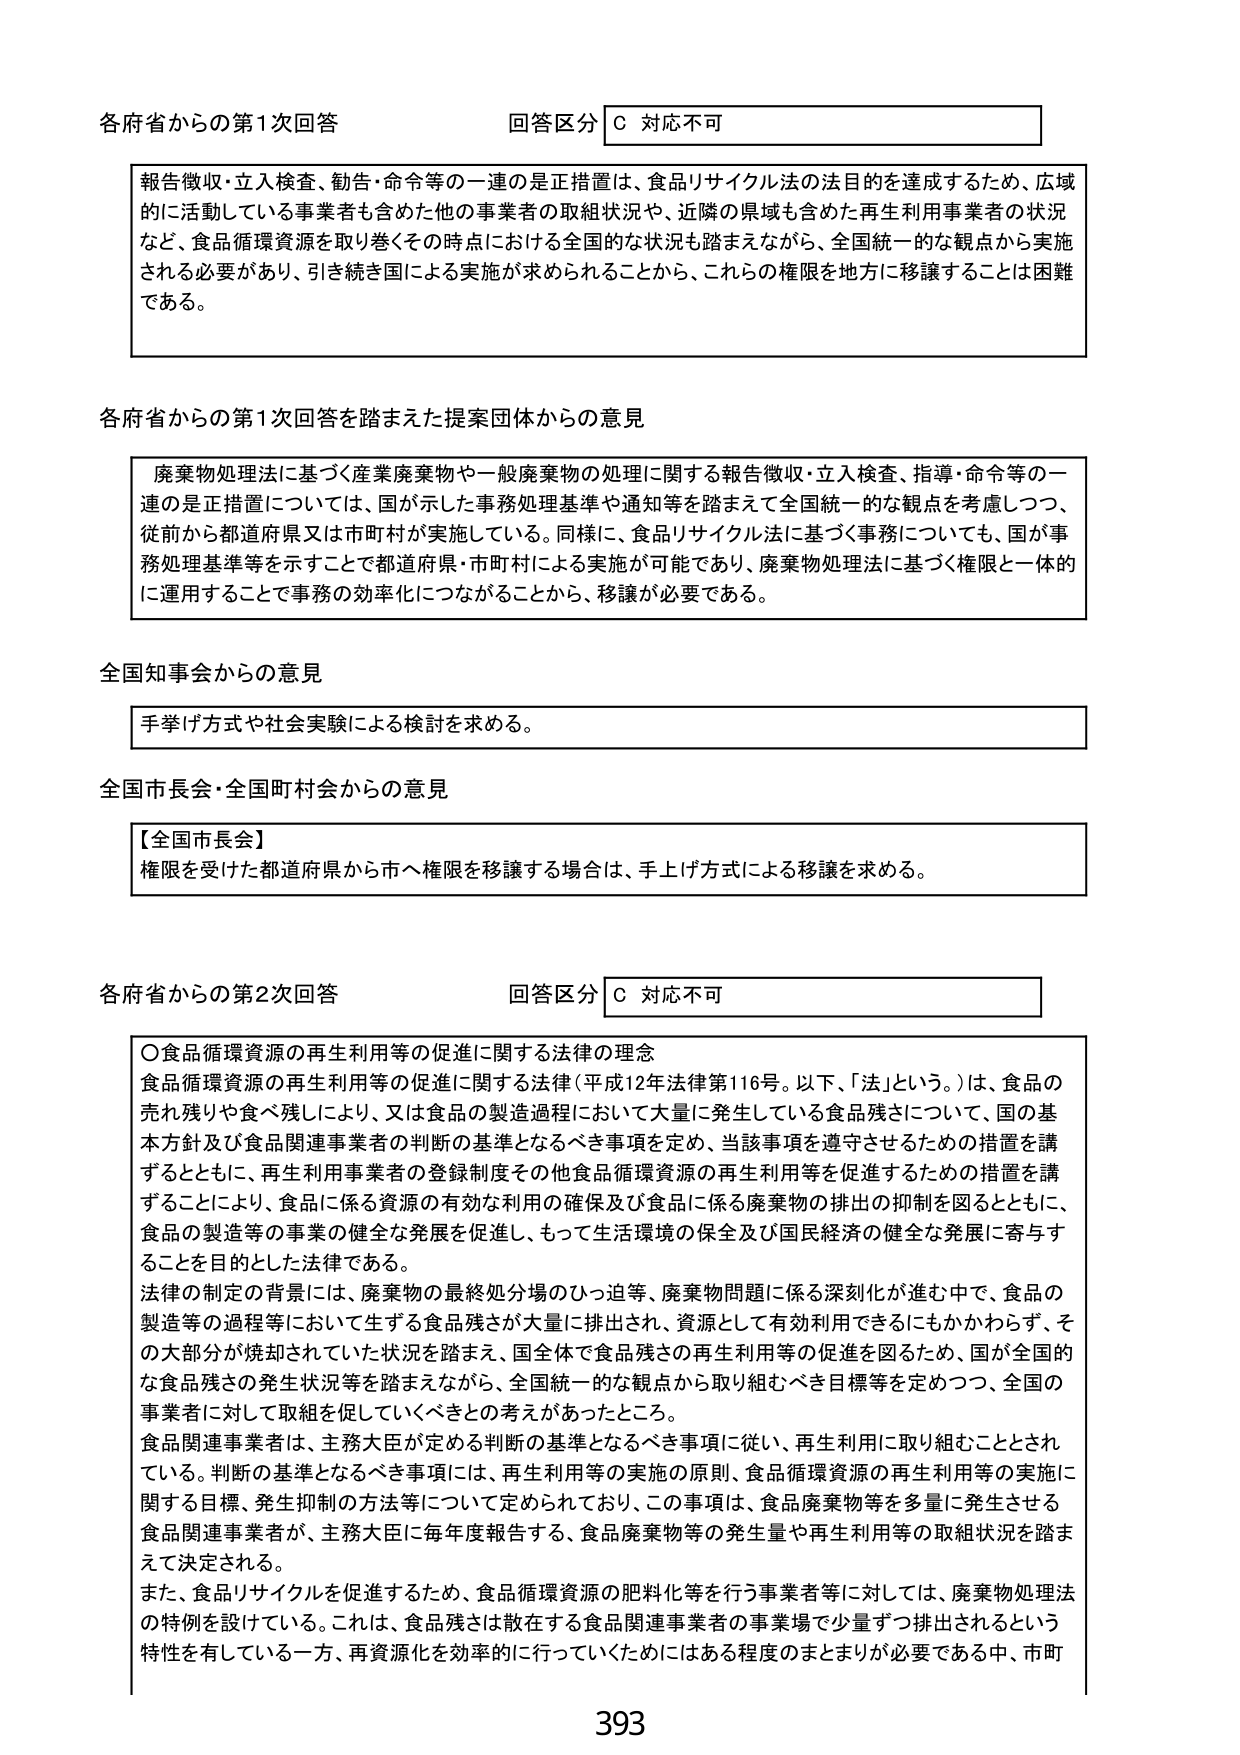
各府省からの第1次回答 回答区分 C 対応不可

報告徴収・立入検査、勧告・命令等の一連の是正措置は、食品リサイクル法の法目的を達成するため、広域的に活動している事業者も含めた他の事業者の取組状況や、近隣の県域も含めた再生利用事業者の状況など、食品循環資源を取り巻くその時点における全国的な状況も踏まえながら、全国統一的な観点から実施される必要があり、引き続き国による実施が求められることから、これらの権限を地方に移譲することは困難である。

各府省からの第1次回答を踏まえた提案団体からの意見

廃棄物処理法に基づく産業廃棄物や一般廃棄物の処理に関する報告徴収・立入検査、指導・命令等の一連の是正措置については、国が示した事務処理基準や通知等を踏まえて全国統一的な観点を考慮しつつ、従前から都道府県又は市町村が実施している。同様に、食品リサイクル法に基づく事務についても、国が事務処理基準等を示すことで都道府県・市町村による実施が可能であり、廃棄物処理法に基づく権限と一体的に運用することで事務の効率化につながることから、移譲が必要である。

全国知事会からの意見

手挙げ方式や社会実験による検討を求める。

全国市長会・全国町村会からの意見

【全国市長会】
権限を受けた都道府県から市へ権限を移譲する場合は、手上げ方式による移譲を求める。

各府省からの第2次回答 回答区分 C 対応不可

〇食品循環資源の再生利用等の促進に関する法律の理念
食品循環資源の再生利用等の促進に関する法律（平成12年法律第116号。以下、「法」という。）は、食品の売れ残りや食べ残しにより、又は食品の製造過程において大量に発生している食品残さについて、国の基本方針及び食品関連事業者の判断の基準となるべき事項を定め、当該事項を遵守させるための措置を講ずるとともに、再生利用事業者の登録制度その他食品循環資源の再生利用等を促進するための措置を講ずることにより、食品に係る資源の有効な利用の確保及び食品に係る廃棄物の排出の抑制を図るとともに、食品の製造等の事業の健全な発展を促進し、もって生活環境の保全及び国民経済の健全な発展に寄与することを目的とした法律である。
法律の制定の背景には、廃棄物の最終処分場のひっ迫等、廃棄物問題に係る深刻化が進む中で、食品の製造等の過程等において生ずる食品残さが大量に排出され、資源として有効利用できるにもかかわらず、その大部分が焼却されていた状況を踏まえ、国全体で食品残さの再生利用等の促進を図るため、国が全国的な食品残さの発生状況等を踏まえながら、全国統一的な観点から取り組むべき目標等を定めつつ、全国の事業者に対して取組を促していくべきとの考えがあったところ。
食品関連事業者は、主務大臣が定める判断の基準となるべき事項に従い、再生利用に取り組むこととされている。判断の基準となるべき事項には、再生利用等の実施の原則、食品循環資源の再生利用等の実施に関する目標、発生抑制の方法等について定められており、この事項は、食品廃棄物等を多量に発生させる食品関連事業者が、主務大臣に毎年度報告する、食品廃棄物等の発生量や再生利用等の取組状況を踏まえて決定される。
また、食品リサイクルを促進するため、食品循環資源の肥料化等を行う事業者等に対しては、廃棄物処理法の特例を設けている。これは、食品残さは散在する食品関連事業者の事業場で少量ずつ排出されるという特性を有している一方、再資源化を効率的に行っていくためにはある程度のまとまりが必要である中、市町

393